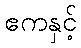
ဧကနှင့်